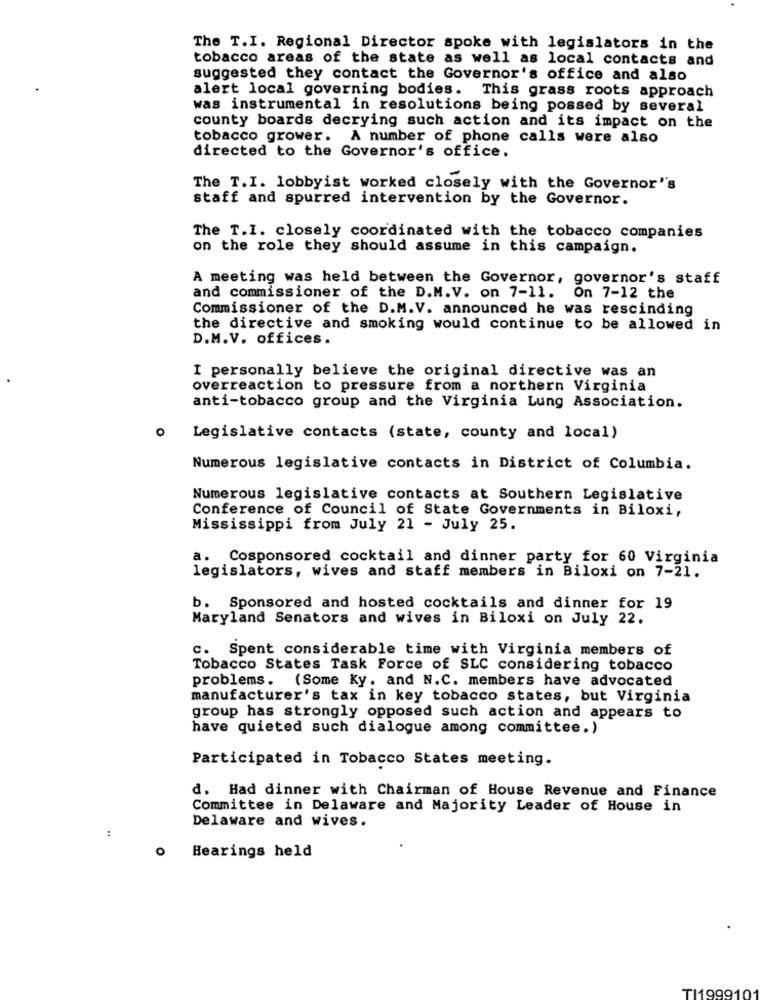
The T.I. Regional Director spoke with legislators in the
tobacco areas of the state as well as local contacts and
suggested they contact the Governor's office and also
alert local governing bodies. This grass roots approach
was instrumental in resolutions being possed by several
county boards decrying such action and its impact on the
tobacco grower. A number of phone calls were also
directed to the Governor's office.
The T. I. lobbyist worked closely with the Governor's
staff and spurred intervention by the Governor.
The T.I. closely coordinated with the tobacco companies
on the role they should assume in this campaign.
A meeting was held between the Governor, governor's staff
and commissioner of the D.M.V. on 7-11. On 7-12 the
Commissioner of the D.M.V. announced he was rescinding
the directive and smoking would continue to be allowed in
D.M.V. offices.
I personally believe the original directive was an
overreaction to pressure from a northern Virginia
anti-tobacco group and the Virginia Lung Association.
Legislative contacts (state, county and local)
Numerous legislative contacts in District of Columbia.
Numerous legislative contacts at Southern Legislative
Conference of Council of State Governments in Biloxi,
Mississippi from July 21 - July 25.
a. Cosponsored cocktail and dinner party for 60 Virginia
legislators, wives and staff members in Biloxi on 7-21.
b. Sponsored and hosted cocktails and dinner for 19
Maryland Senators and wives in Biloxi on July 22.
c. Spent considerable time with Virginia members of
Tobacco States Task Force of SLC considering tobacco
problems. (Some Ky. and N.C. members have advocated
manufacturer's tax in key tobacco states, but Virginia
group has strongly opposed such action and appears to
have quieted such dialogue among committee.)
Participated in Tobacco States meeting.
d. Had dinner with Chairman of House Revenue and Finance
Committee in Delaware and Majority Leader of House in
Delaware and wives.
:
Hearings held
TI1999101